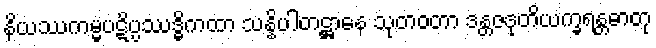
နိယဿကမ္မပဋိပ္ပဿဒ္ဓိကထာ သန္နိပါတဋ္ဌာနေ သုတဝတာ ဒန္တဇဒုတိယက္ခရန္တဓာတု